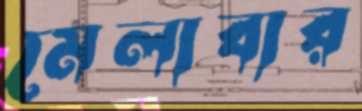
মেলাবার